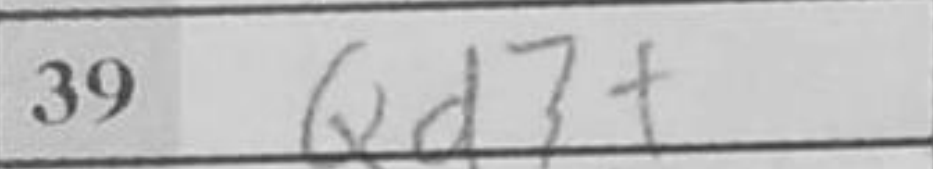
Transcription: Qd7+